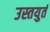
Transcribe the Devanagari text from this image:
उस्तयुर्त